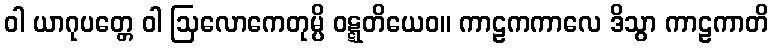
ဝါ ယာဂုပတ္တေ ဝါ ဩလောကေတုမ္ပိ ဝဋ္ဋတိယေဝ။ ကာဠကကာလေ ဒိသွာ ကာဠကာတိ